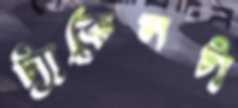
ট্যাকেলটা